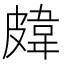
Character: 𥀊